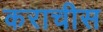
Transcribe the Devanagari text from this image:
कराचीस